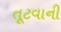
તૂટવાની